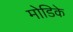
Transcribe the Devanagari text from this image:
मोडिके